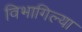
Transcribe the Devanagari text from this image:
विभागिल्या